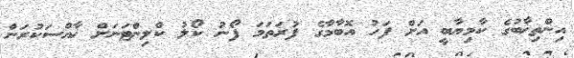
އިންތިޚާބުގެ ކާމިޔާބީ އަށް ފަހު އޮބާމާގެ ފުރަތަމަ ފޯނު ކޯލު ކްލިންޓަނަށް ޚާއްސަކުރަން